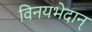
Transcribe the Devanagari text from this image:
विनयभेदान्